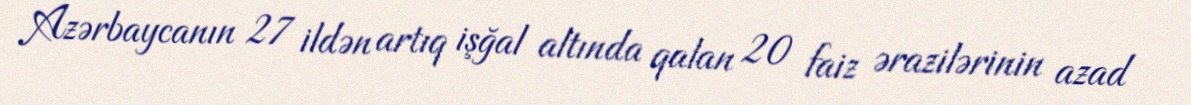
Azərbaycanın 27 ildən artıq işğal altında qalan 20 faiz ərazilərinin azad